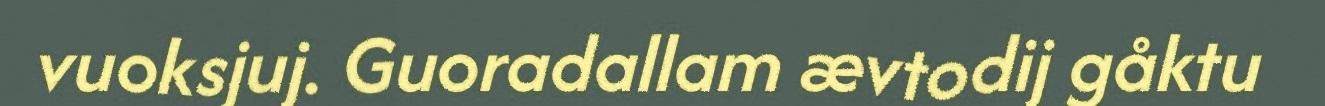
vuoksjuj. Guoradallam ævtodij gåktu